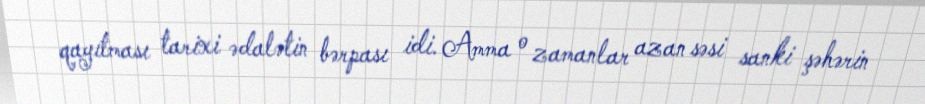
qayıtması tarixi ədalətin bərpası idi. Amma o zamanlar azan səsi sanki şəhərin